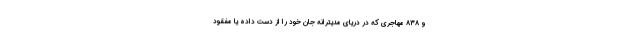
و ۸۳۸ مهاجری که در دریای مدیترانه جان خود را از دست داده یا مفقود